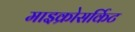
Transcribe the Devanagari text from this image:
माइक्रोसर्किट